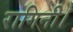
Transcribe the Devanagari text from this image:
रागिनी।